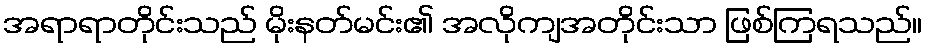
အရာရာတိုင်းသည် မိုးနတ်မင်း၏ အလိုကျအတိုင်းသာ ဖြစ်ကြရသည်။